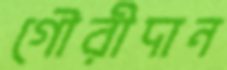
গৌরীদান